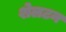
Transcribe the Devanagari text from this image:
शेलटन